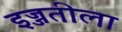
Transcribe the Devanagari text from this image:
इज्जतीला